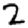
Digit: 2